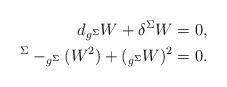
LaTeX: \begin{align*}\begin{aligned} d _{g^{\Sigma}}W + \delta^{\Sigma} W &= 0, \\^{\Sigma} - _{g^{\Sigma}}(W^2) + (_{g^{\Sigma}} W)^2 &=0.\end{aligned}\end{align*}